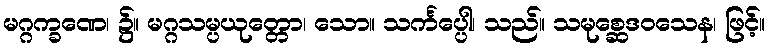
မဂ္ဂက္ခဏေ၊ ၌။ မဂ္ဂသမ္ပယုတ္တော၊ သော။ သင်္ကပ္ပေါ၊ သည်။ သမုစ္ဆေဒဝသေန၊ ဖြင့်။